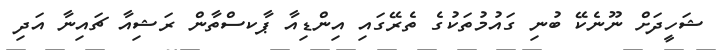
ޝަހީދަށް ނޫނެކޭ ބުނި ގައުމުތަކުގެ ތެރޭގައި އިންޑިއާ ޕާކސްތާން ރަޝިއާ ޗައިނާ އަދި